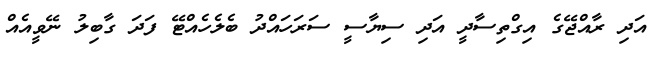
އަދި ރާއްޖޭގެ އިގްތިސާދީ އަދި ސިޔާސީ ސަރަހައްދު ބެލެހެއްޓޭ ފަދަ ގާބިލު ނޭވީއެއް